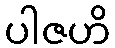
ပါဇဟိ